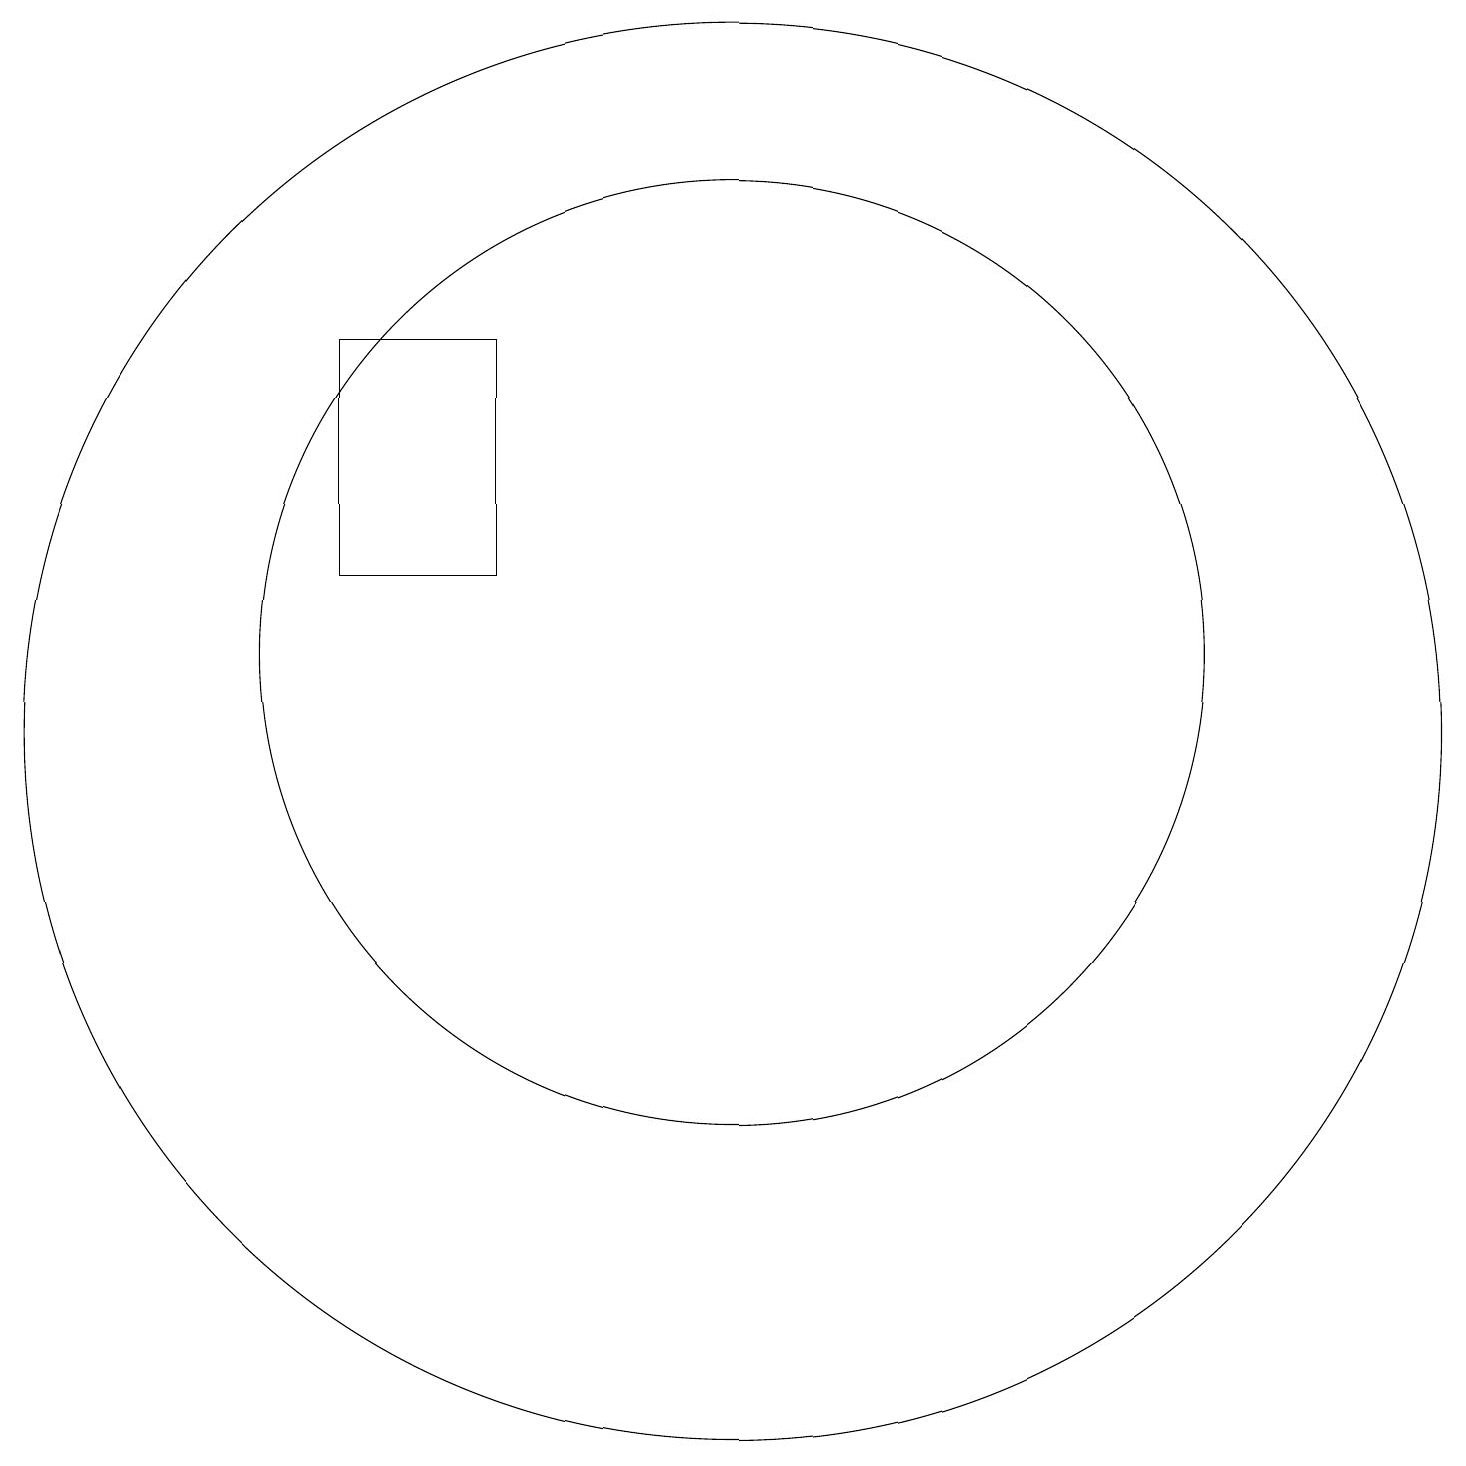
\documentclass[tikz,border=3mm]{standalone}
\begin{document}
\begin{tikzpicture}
\draw (6,15) rectangle (8,12);
\draw (11,11) circle (6);
\draw (11,10) circle (9);
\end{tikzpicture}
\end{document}